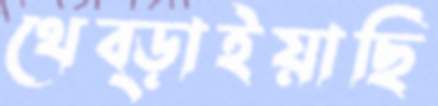
থেব্‌ড়াইয়াছি